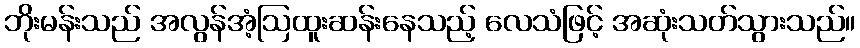
ဘိုးမန်းသည် အလွန်အံ့ဩထူးဆန်းနေသည့် လေသံဖြင့် အဆုံးသတ်သွားသည်။